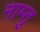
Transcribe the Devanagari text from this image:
नाम्तु